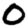
Digit: 0